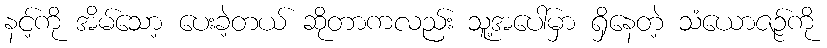
နင့်ကို အိမ်သော့ ပေးခဲ့တယ် ဆိုတာကလည်း သူ့အပေါ်မှာ ရှိနေတဲ့ သံယောဇဉ်ကို